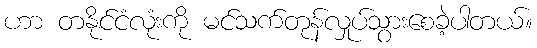
ဟာ တနိုင်ငံလုံးကို မင်သက်တုန်လှုပ်သွားစေခဲ့ပါတယ်။